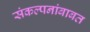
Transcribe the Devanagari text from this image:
संकल्पनांबाबत